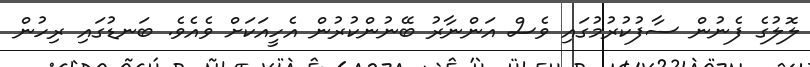
ލޮލުގެ ފެނުން ސާފުކުރުމުގައި ވެސް އަންނާރު ބޭނުންކުރުން އެހީއަކަށް ވެއެވެ. ބަނޑުގައި ރިހުން